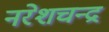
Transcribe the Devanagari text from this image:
नरेशचन्द्र